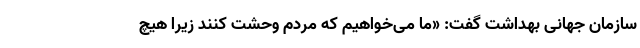
سازمان جهانی بهداشت گفت: «ما می‌خواهیم که مردم وحشت کنند زیرا هیچ